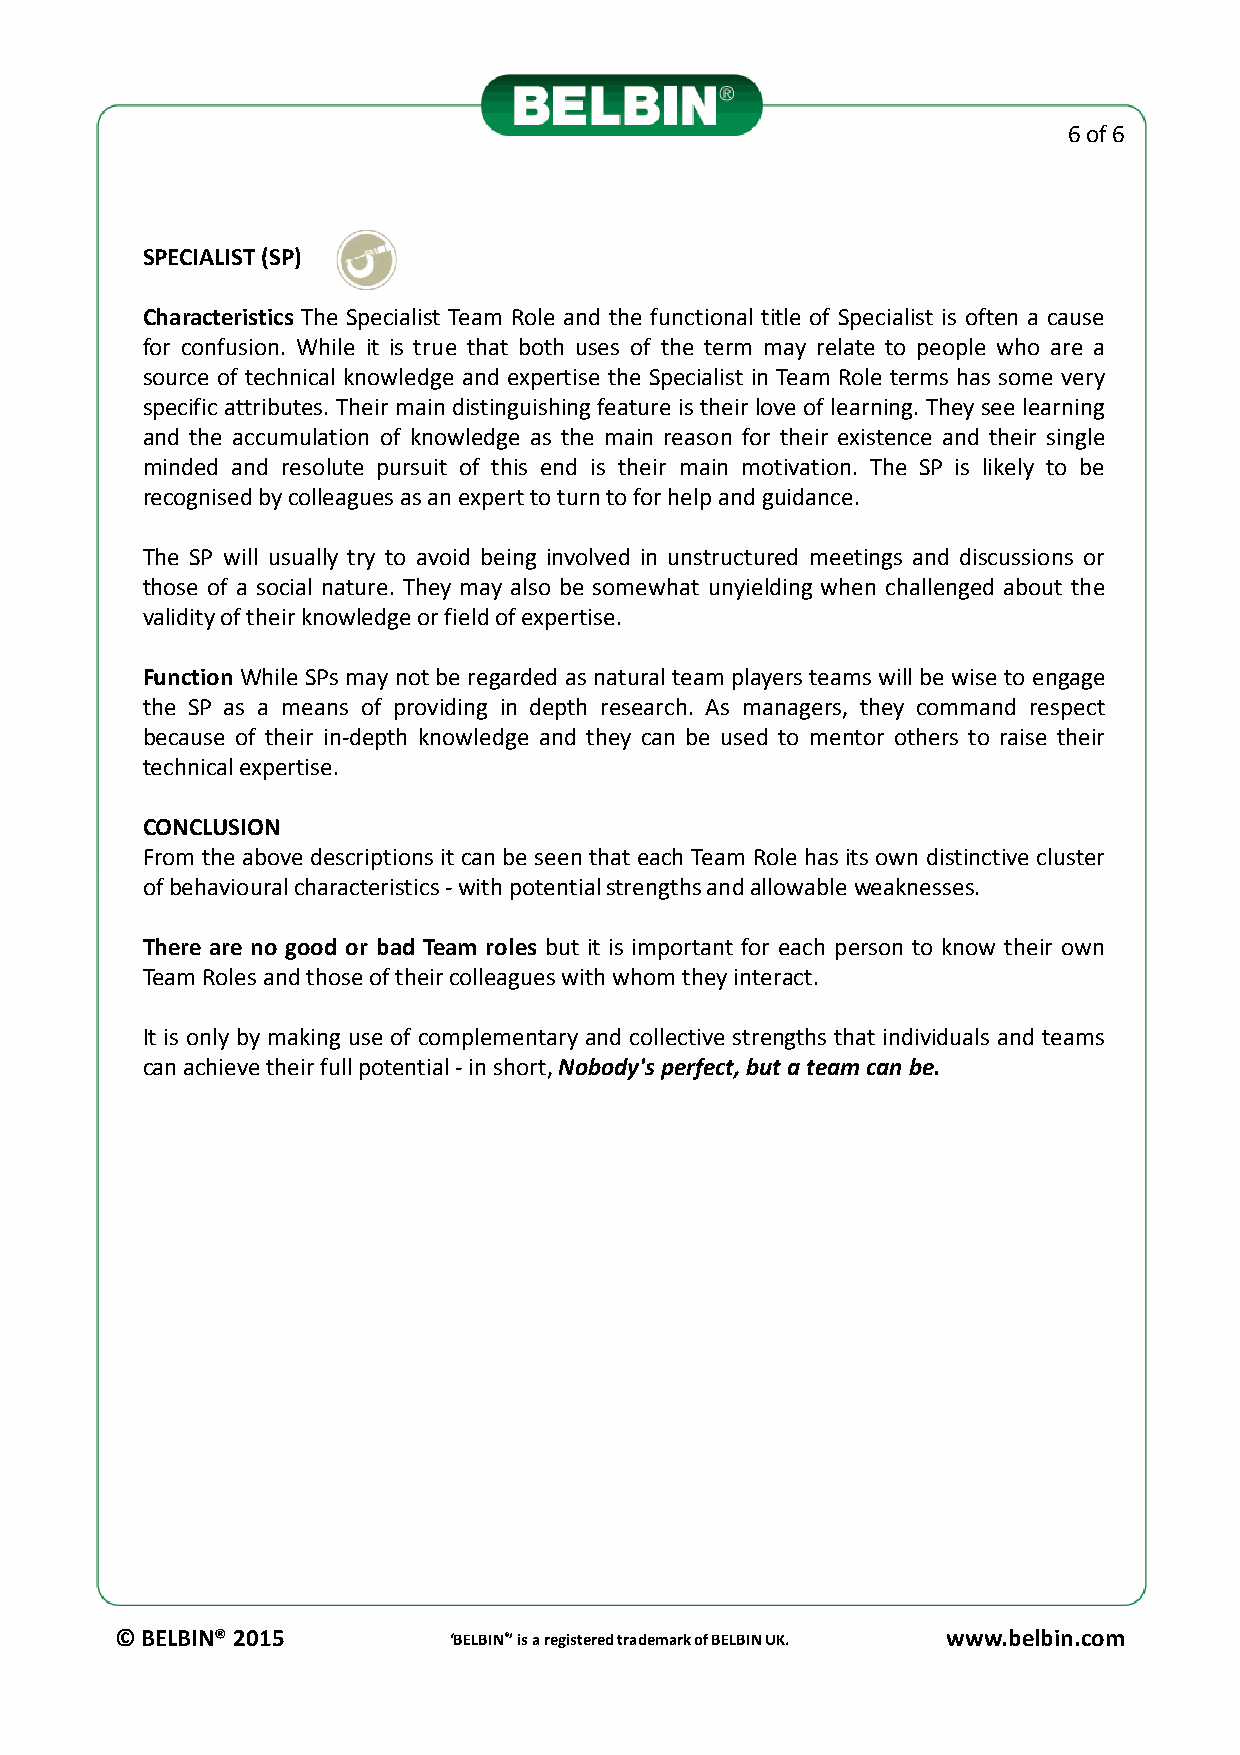
6 of 6
 SPECIALIST(SP)
 Characteristics The Specialist Team Role and the functional title of Specialist is often a cause
 for confusion. While it is true that both uses of the term may relate to people who are a
 source of technical knowledge and expertise the Specialist in Team Role terms has some very
 specific attributes. Their main distinguishingfeature is their love of learning. They see learning
 and the accumulation of knowledge as the main reason for their existence and their single
 minded and resolute pursuit of this end is their main motivation. The SP is likely to be
 recognisedbycolleaguesasanexperttoturntoforhelpandguidance.
 The SP will usually try to avoid being involved in unstructured meetings and discussions or
 those of a social nature. They may also be somewhat unyielding when challenged about the
 validityoftheirknowledgeorfieldofexpertise.
 Function While SPs may notbe regarded asnatural team playersteams will be wise to engage
 the SP as a means of providing in depth research. As managers, they command respect
 because of their in-depth knowledge and they can be used to mentor others to raise their
 technicalexpertise.
 CONCLUSION
 From the above descriptions it canbe seen that each Team Role has its own distinctive cluster
 ooffbbeehhaavviioouurraallcchhaarraacctteerriissttiiccss--wwiitthhppootteennttiiaallssttrreennggtthhssaannddaalllloowwaabblleewweeaakknneesssseess..
 There are no good or bad Team roles but it is important for each person to know their own
 TeamRolesandthoseoftheircolleagueswithwhomtheyinteract.
 It is only by making use of complementary and collective strengths that individuals and teams
 canachievetheirfullpotential-inshort,Nobody'sperfect,butateamcanbe.
 © BELBIN® 2015        ‘BELBIN®’ is a registered trademark of BELBIN UK. www.belbin.com